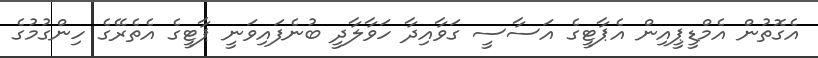
އެގޮތުން އެމްޑީޕީއިން އެޕާޓީގެ އަސާސީ ގަވާއިދާ ހަވާލާދީ ބުނެފައިވަނީ ޕާޓީގެ އެތެރޭގެ ހިންގުމުގެ